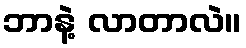
ဘာနဲ့ လာတာလဲ။